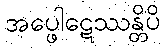
အပ္ဖေါဋေဿန္တိပိ